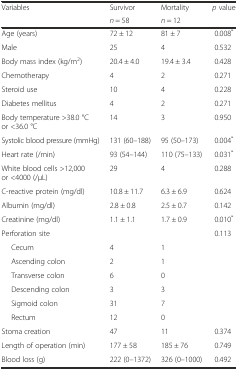
<table><thead><tr><td><b>Variables</b></td><td><b>Survivor</b></td><td><b>Mortality</b></td><td><b><i>p</i> value</b></td></tr><tr><td>[EMPTY_CELL]</td><td><b><i>n</i> = 58</b></td><td><b><i>n</i> = 12</b></td><td>[EMPTY_CELL]</td></tr></thead><tbody><tr><td>Age (years)</td><td>72 ± 12</td><td>81 ± 7</td><td>0.008<sup>*</sup></td></tr><tr><td>Male</td><td>25</td><td>4</td><td>0.532</td></tr><tr><td>Body mass index (kg/m<sup>2</sup>)</td><td>20.4 ± 4.0</td><td>19.4 ± 3.4</td><td>0.428</td></tr><tr><td>Chemotherapy</td><td>4</td><td>2</td><td>0.271</td></tr><tr><td>Steroid use</td><td>10</td><td>4</td><td>0.228</td></tr><tr><td>Diabetes mellitus</td><td>4</td><td>2</td><td>0.271</td></tr><tr><td>Body temperature &gt;38.0 °C or &lt;36.0 °C</td><td>14</td><td>3</td><td>0.950</td></tr><tr><td>Systolic blood pressure (mmHg)</td><td>131 (60–188)</td><td>95 (50–173)</td><td>0.004<sup>*</sup></td></tr><tr><td>Heart rate (/min)</td><td>93 (54–144)</td><td>110 (75–133)</td><td>0.031<sup>*</sup></td></tr><tr><td>White blood cells &gt;12,000 or &lt;4000 (/μL)</td><td>29</td><td>4</td><td>0.288</td></tr><tr><td>C-reactive protein (mg/dl)</td><td>10.8 ± 11.7</td><td>6.3 ± 6.9</td><td>0.624</td></tr><tr><td>Albumin (mg/dl)</td><td>2.8 ± 0.8</td><td>2.5 ± 0.7</td><td>0.142</td></tr><tr><td>Creatinine (mg/dl)</td><td>1.1 ± 1.1</td><td>1.7 ± 0.9</td><td>0.010<sup>*</sup></td></tr><tr><td>Perforation site</td><td>[EMPTY_CELL]</td><td>[EMPTY_CELL]</td><td>0.113</td></tr><tr><td>Cecum</td><td>4</td><td>1</td><td>[EMPTY_CELL]</td></tr><tr><td>Ascending colon</td><td>2</td><td>1</td><td>[EMPTY_CELL]</td></tr><tr><td>Transverse colon</td><td>6</td><td>0</td><td>[EMPTY_CELL]</td></tr><tr><td>Descending colon</td><td>3</td><td>3</td><td>[EMPTY_CELL]</td></tr><tr><td>Sigmoid colon</td><td>31</td><td>7</td><td>[EMPTY_CELL]</td></tr><tr><td>Rectum</td><td>12</td><td>0</td><td>[EMPTY_CELL]</td></tr><tr><td>Stoma creation</td><td>47</td><td>11</td><td>0.374</td></tr><tr><td>Length of operation (min)</td><td>177 ± 58</td><td>185 ± 76</td><td>0.749</td></tr><tr><td>Blood loss (g)</td><td>222 (0–1372)</td><td>326 (0–1000)</td><td>0.492</td></tr></tbody></table>